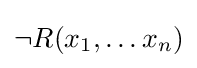
\neg R(x_{1},\ldots x_{n})